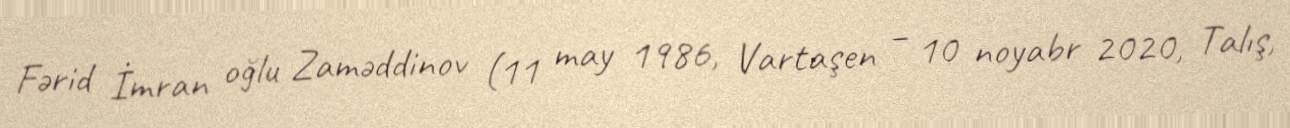
Fərid İmran oğlu Zaməddinov (11 may 1986, Vartaşen – 10 noyabr 2020, Talış,